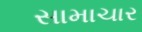
સામાચાર